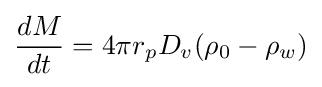
{\frac {dM}{dt}}=4\pi r_{p}D_{v}(\rho _{0}-\rho _{w})